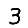
Digit: 3